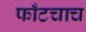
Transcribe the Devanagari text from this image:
फाँटचाच